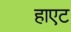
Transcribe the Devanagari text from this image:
हाएट